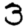
Digit: 3